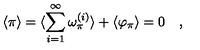
\langle \pi \rangle = \langle \sum _ { i = 1 } ^ { \infty } \omega _ { \pi } ^ { ( i ) } \rangle + \langle \varphi _ { \pi } \rangle = 0 \quad ,